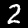
Digit: 2